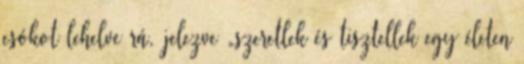
csókot lehelve rá, jelezve „szeretlek és tisztellek egy életen